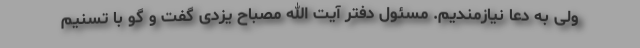
ولی به دعا نیازمندیم. مسئول دفتر آیت الله مصباح یزدی گفت و گو با تسنیم